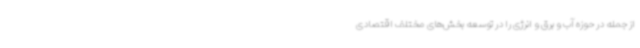
از جمله در حوزه آب و برق و انرژی را در توسعه بخش‌های مختلف اقتصادی